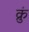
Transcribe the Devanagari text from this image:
क्रुं